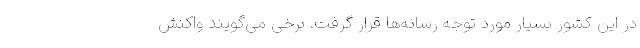
در این کشور بسیار مورد توجه رسانه‌ها قرار گرفت. برخی می‌گویند واکنش